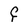
Character: F